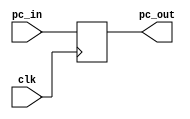
module pc #(
    parameter pc_width = 10
)(
    input clk,
    input [pc_width-1 : 0] pc_in,
    output reg [pc_width-1 : 0] pc_out
);

always @(negedge clk)
    pc_out = pc_in;

endmodule